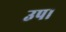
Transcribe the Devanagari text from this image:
उप।